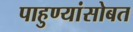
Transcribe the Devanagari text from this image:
पाहुण्यांसोबत